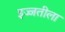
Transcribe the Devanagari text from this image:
इज्जतीला